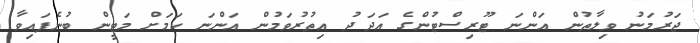
ޖަރުމަނު ވިލާތުން އަންނަ ޓޫރިސްޓުންގެ އަދަދު އިތުރުވަމުން އަންނަ ކަމަށް މަޓީން ބުނެފައިވާ